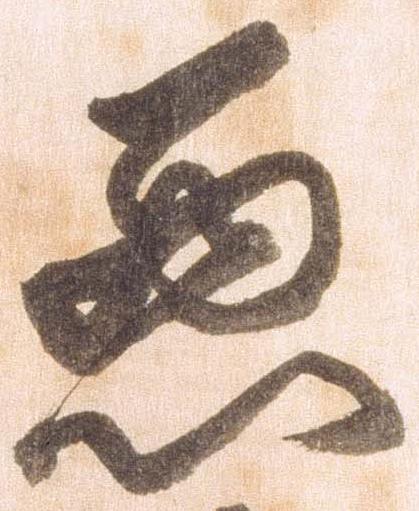
悪